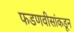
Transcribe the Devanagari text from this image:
फडणवीसांकडून